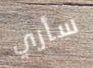
سأري